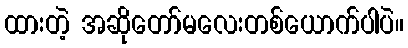
ထားတဲ့ အဆိုတော်မလေးတစ်ယောက်ပါပဲ။